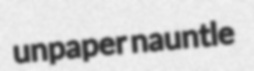
unpaper nauntle